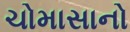
ચોમાસાનો